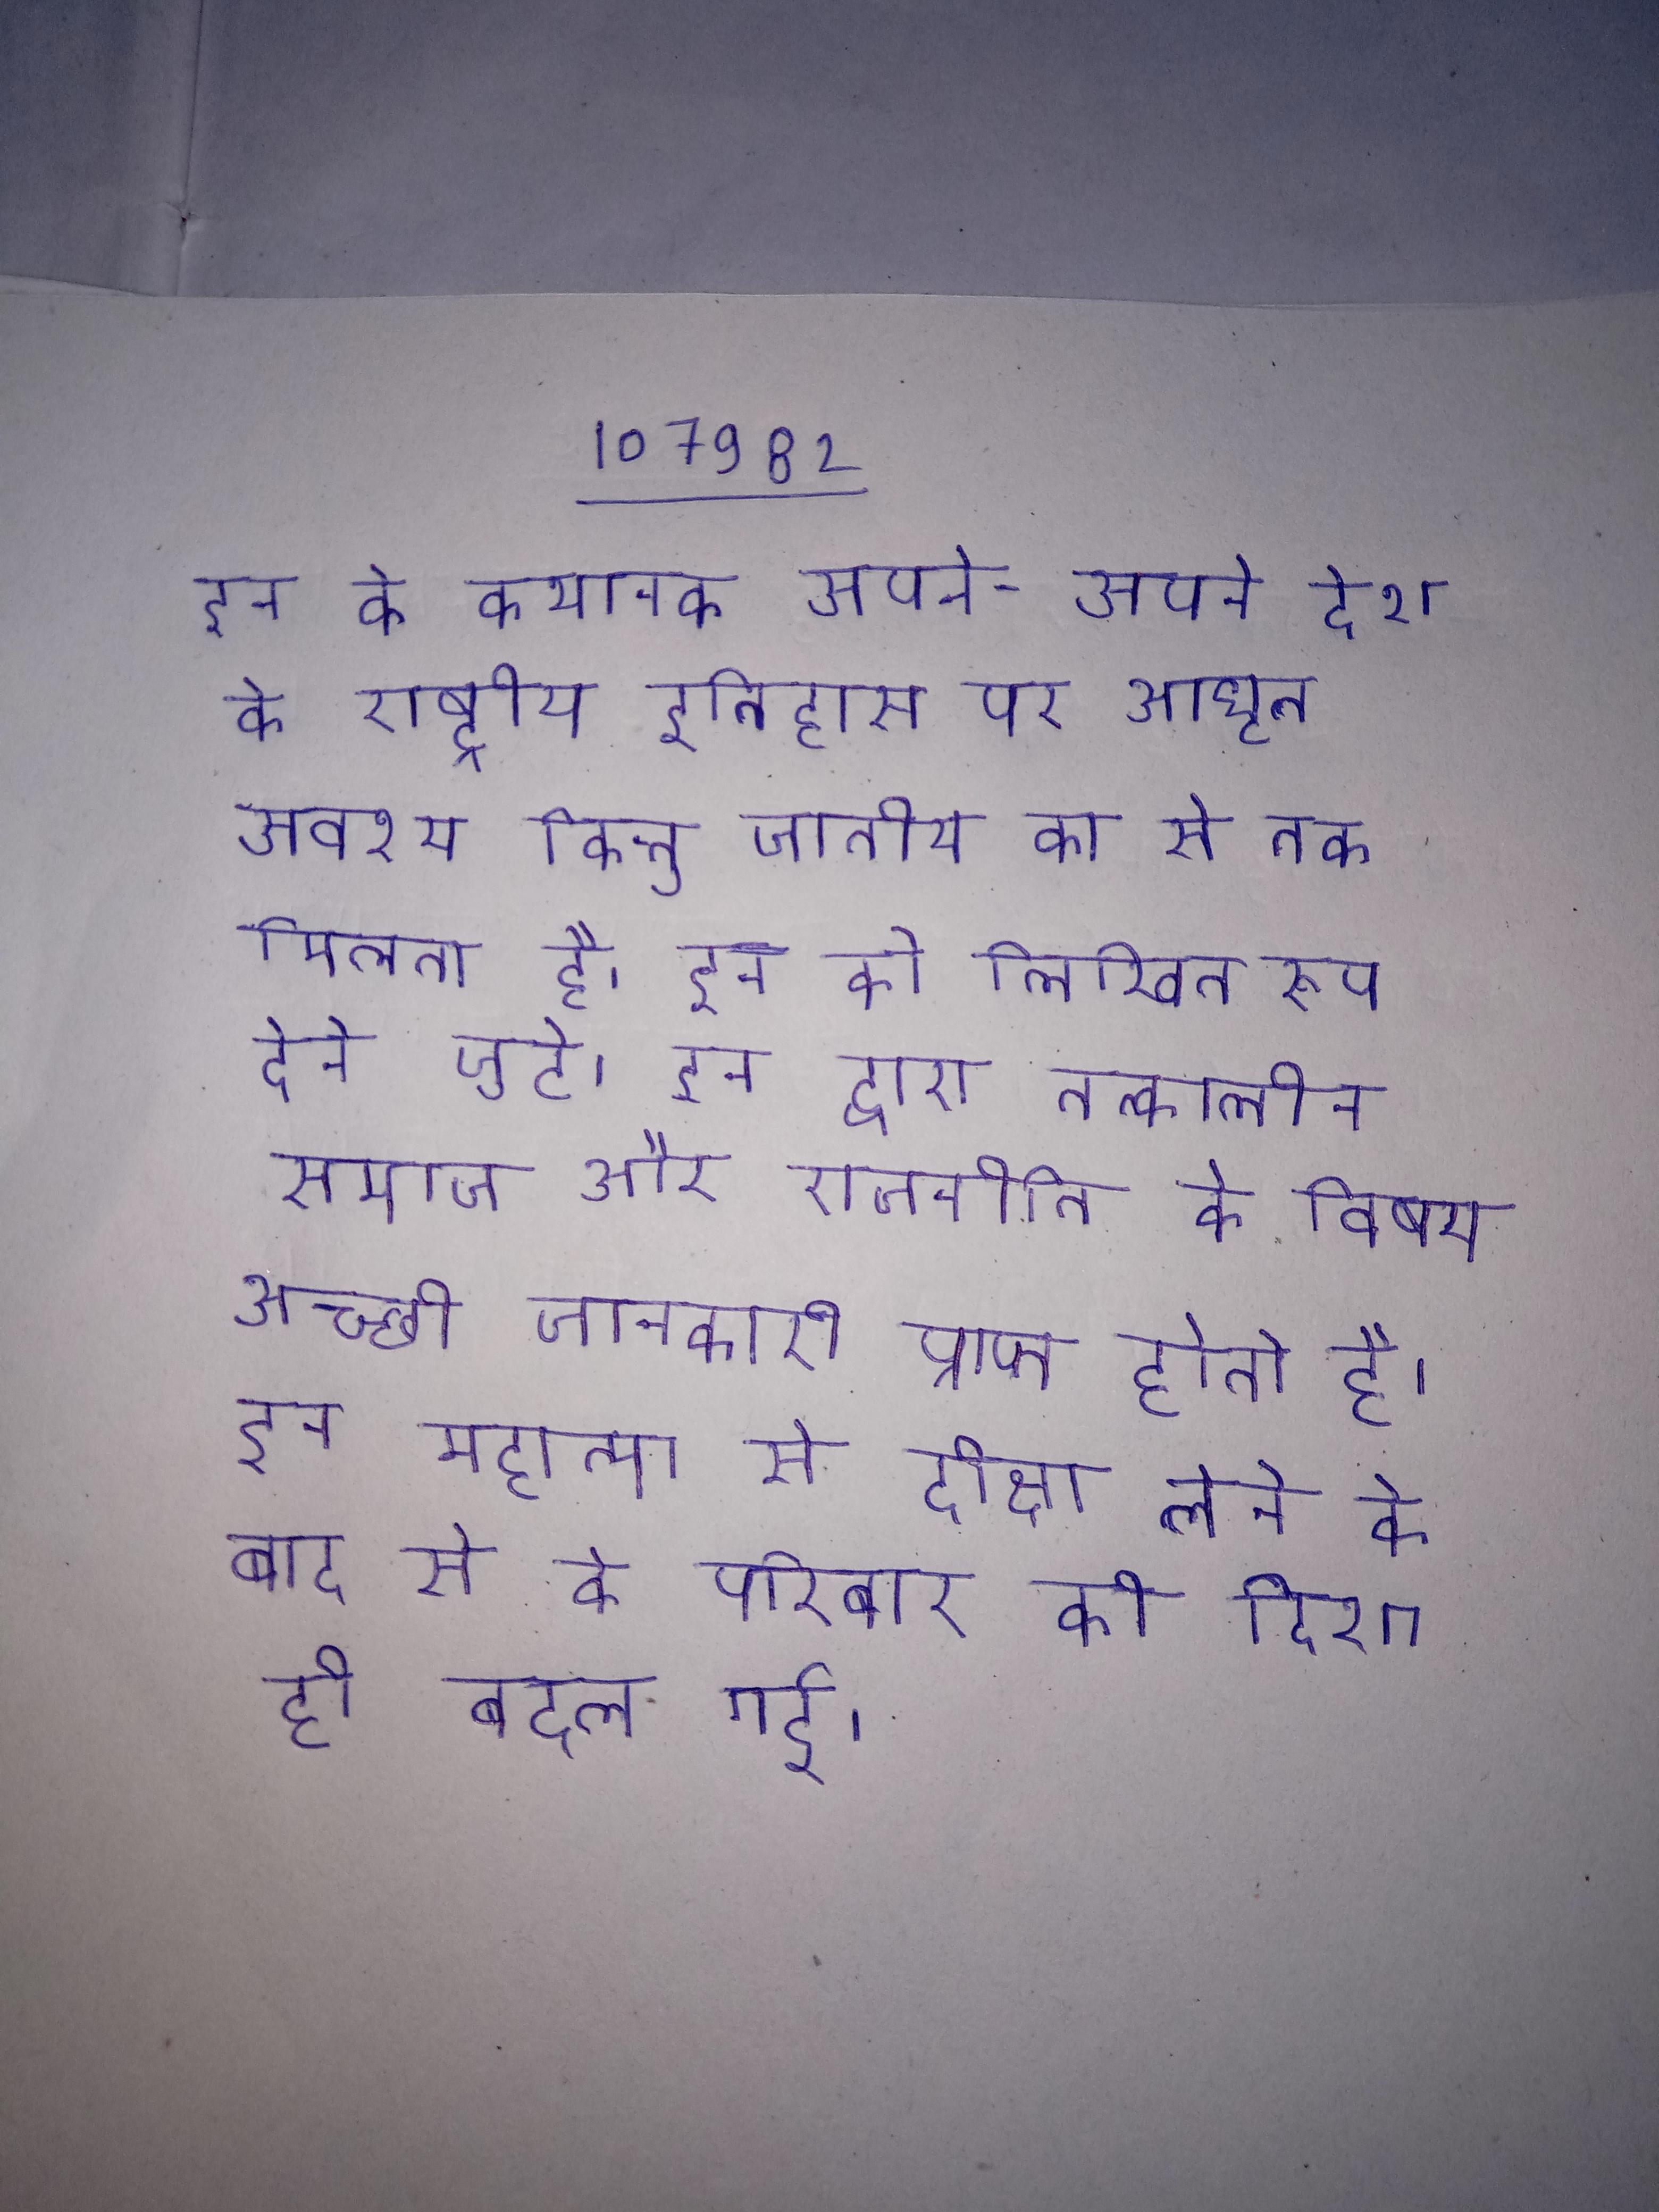
इन के कथानक अपने-अपने देश के राष्ट्रीय इतिहास पर आधृत अवश्य किन्तु जातीय का से तक मिलता है । इन को लिखित रूप देने जुटे । इन द्वारा तत्कालीन समाज और राजनीति के विषय अच्छी जानकारी प्राप्त होती है । इन महात्मा से दीक्षा लेने के बाद से के परिवार की दिशा ही बदल गई ।